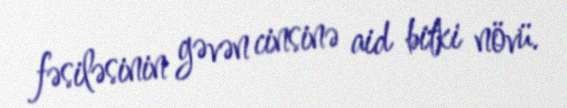
fəsiləsinin gəvən cinsinə aid bitki növü.